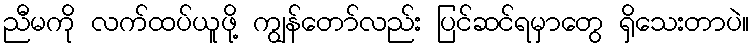
ညီမကို လက်ထပ်ယူဖို့ ကျွန်တော်လည်း ပြင်ဆင်ရမှာတွေ ရှိသေးတာပဲ။